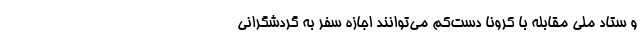
و ستاد ملی مقابله با کرونا دست‌کم می‌توانند اجازه سفر به گردشگرانی